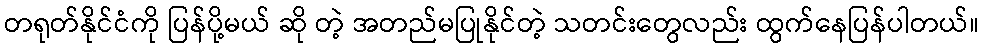
တရုတ်နိုင်ငံကို ပြန်ပို့မယ် ဆို တဲ့ အတည်မပြုနိုင်တဲ့ သတင်းတွေလည်း ထွက်နေပြန်ပါတယ်။